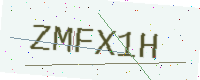
Text: ZMFX1H